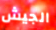
الجيش